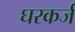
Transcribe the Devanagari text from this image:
घरकर्ज